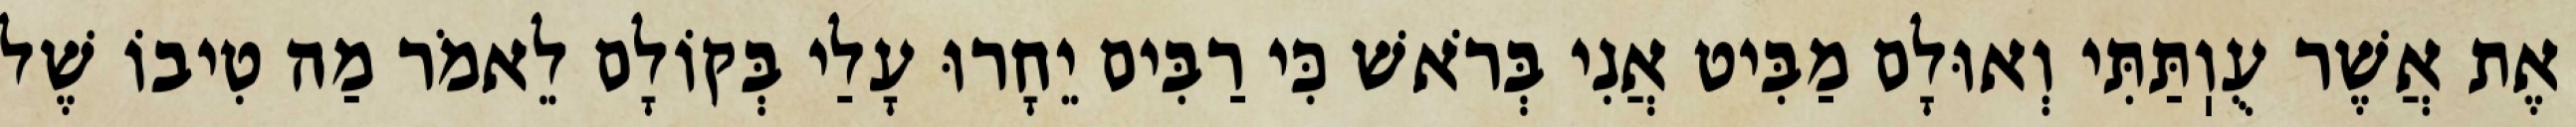
אֶת אֲשֶׁר עֻוֽתַּתִּי וְאוּלָם מַבִּיט אֲנִי בְּרֹאשׁ כִּי רַבִּים יֵחָרוּ עָלַי בְּקוֹלָם לֵאמֹר מַה טִיבוֹ שֶׁל